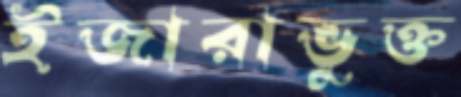
ইজারাভুক্ত